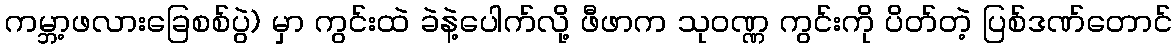
ကမ္ဘာ့ဖလားခြေစစ်ပွဲ) မှာ ကွင်းထဲ ခဲနဲ့ပေါက်လို့ ဖီဖာက သုဝဏ္ဏ ကွင်းကို ပိတ်တဲ့ ပြစ်ဒဏ်တောင်